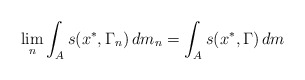
\begin{align*}\lim_n \int_{A} s(x^*, \Gamma_n)\, dm_n = \int_{A}s (x^*, \Gamma)\, dm\end{align*}